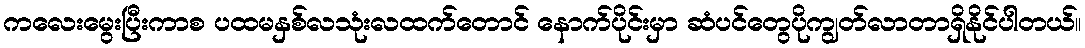
ကလေးမွေးပြီးကာစ ပထမနှစ်လသုံးလထက်တောင် နောက်ပိုင်းမှာ ဆံပင်တွေပိုကျွတ်လာတာရှိနိုင်ပါတယ်။